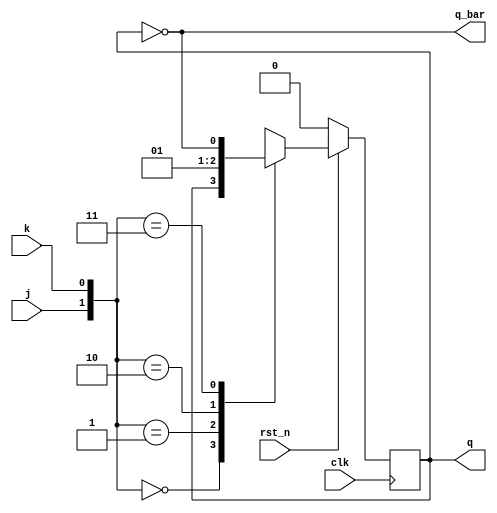
module jk_ff(clk,rst_n,j,k,q,q_bar);
input clk,rst_n;
input j,k;

output reg q;
output q_bar;

//always @(posedge clk or negedge rst_n)   // for asynchronous reset
always @(posedge clk)begin                 // for synchronous reset
if(~rst_n)
   q <= 1'b0;
else begin
case({j,k})
 2'b00 : q <= q;
 2'b01 : q <= 1'b0;
 2'b10 : q <= 1'b1;
 2'b11 : q <= ~q;
endcase
end
end

assign q_bar = ~q;

endmodule